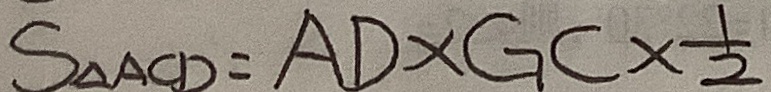
S _ { \Delta A C D } = A D \times E C \times \frac { 1 } { 2 }